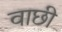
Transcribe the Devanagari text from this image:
वाछी